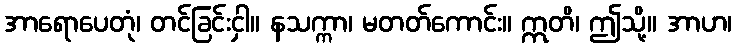
အာရောပေတုံ၊ တင်ခြင်းငှါ။ နသက္ကာ၊ မတတ်ကောင်း။ ဣတိ၊ ဤသို့။ အာဟ၊